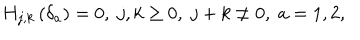
H _ { j , k } \left( \delta _ { a } \right) = 0 , \; j , k \geq 0 , \; j + k \neq 0 , \; a = 1 , 2 ,